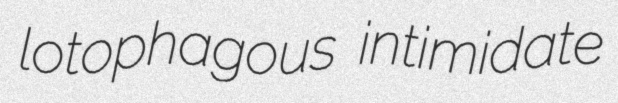
lotophagous intimidate